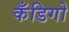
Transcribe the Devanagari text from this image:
कँडिगो